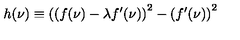
h ( \nu ) \equiv \left( ( f ( \nu ) - \lambda f ^ { \prime } ( \nu ) \right) ^ { 2 } - \left( f ^ { \prime } ( \nu ) \right) ^ { 2 }